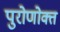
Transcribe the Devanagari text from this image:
पुरोणोक्त